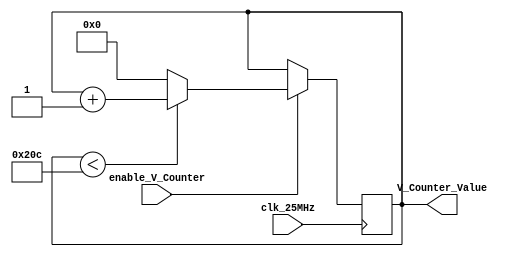
`timescale 1ns / 1ps
//////////////////////////////////////////////////////////////////////////////////
// Company: 
// Engineer: 
// 
// Design Name: 
// Module Name: vertical_counter
// Project Name: 
// Target Devices: 
// Tool Versions: 
// Description: 
// 
// Dependencies: 
// 
// Revision:
// Revision 0.01 - File Created
// Additional Comments:
// 
//////////////////////////////////////////////////////////////////////////////////


module vertical_counter(
  input clk_25MHz,
  output reg [15:0] V_Counter_Value=0,
  input enable_V_Counter);
  
  always @(posedge clk_25MHz) begin
    if (enable_V_Counter == 1'b1) begin
        if (V_Counter_Value < 524) begin
      		V_Counter_Value <= V_Counter_Value+1; 
    	end
    	else begin
      		V_Counter_Value <= 0;
    	end
    end
    
  end
  
  
endmodule